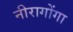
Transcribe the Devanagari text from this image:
नीरागोंगा